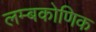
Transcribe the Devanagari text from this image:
लम्बकोणिक